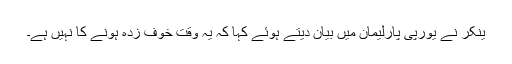
ینکر نے یورپی پارلیمان میں بیان دیتے ہوئے کہا کہ یہ وقت خوف زدہ ہونے کا نہیں ہے۔